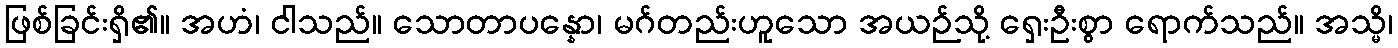
ဖြစ်ခြင်းရှိ၏။ အဟံ၊ ငါသည်။ သောတာပန္နော၊ မဂ်တည်းဟူသော အယဉ်သို့ ရှေးဦးစွာ ရောက်သည်။ အသ္မိ၊